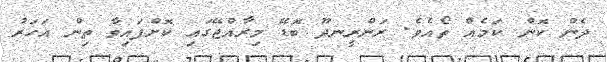
ދެން ކޮން ކަމެއް ތޯއެވެ. ރަންރީނދޫ ބޮޑޭ މިރާއްޖޭގައި ކޮށްފައިވާ ތިން އަހަރު